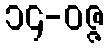
၁၄-ဝဇ္ဇ